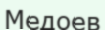
Медоев